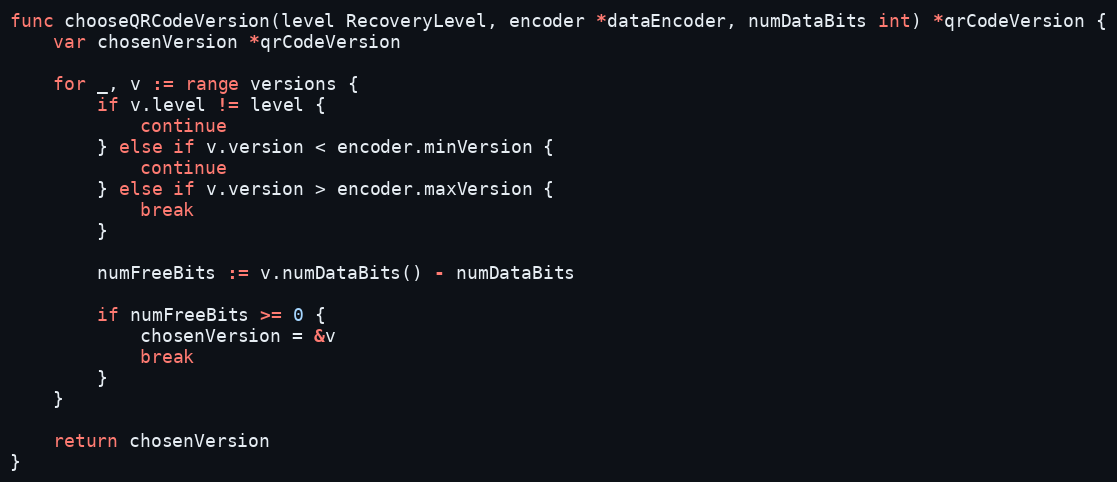
Language: Go
func chooseQRCodeVersion(level RecoveryLevel, encoder *dataEncoder, numDataBits int) *qrCodeVersion {
	var chosenVersion *qrCodeVersion

	for _, v := range versions {
		if v.level != level {
			continue
		} else if v.version < encoder.minVersion {
			continue
		} else if v.version > encoder.maxVersion {
			break
		}

		numFreeBits := v.numDataBits() - numDataBits

		if numFreeBits >= 0 {
			chosenVersion = &v
			break
		}
	}

	return chosenVersion
}